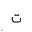
Letter: _ta